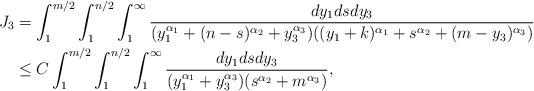
LaTeX: \begin{align*}J_3&=\int_1^{m/2}\int_1^{n/2}\int_{1}^{\infty}\frac{dy_1dsdy_3}{(y_1^{\alpha_1}+(n-s)^{\alpha_2}+y_3^{\alpha_3})((y_1+k)^{\alpha_1}+s^{\alpha_2}+(m-y_3)^{\alpha_3})}\\&\leq C\int_1^{m/2}\int_1^{n/2}\int_{1}^{\infty}\frac{dy_1dsdy_3}{(y_1^{\alpha_1}+y_3^{\alpha_3})(s^{\alpha_2}+m^{\alpha_3})},\end{align*}